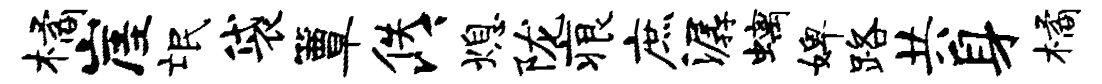
橘崖氓袋簟佚以熄陇痕庶潺螭婢路共身橘